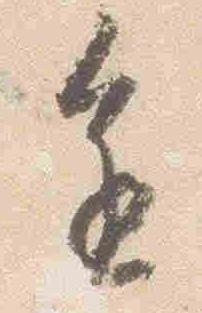
進